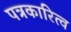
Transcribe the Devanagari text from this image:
पत्रकारित्व